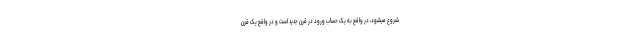
شروع میشود، در واقع به یک حساب ورود در قرن جدید است و در واقع یک قرن